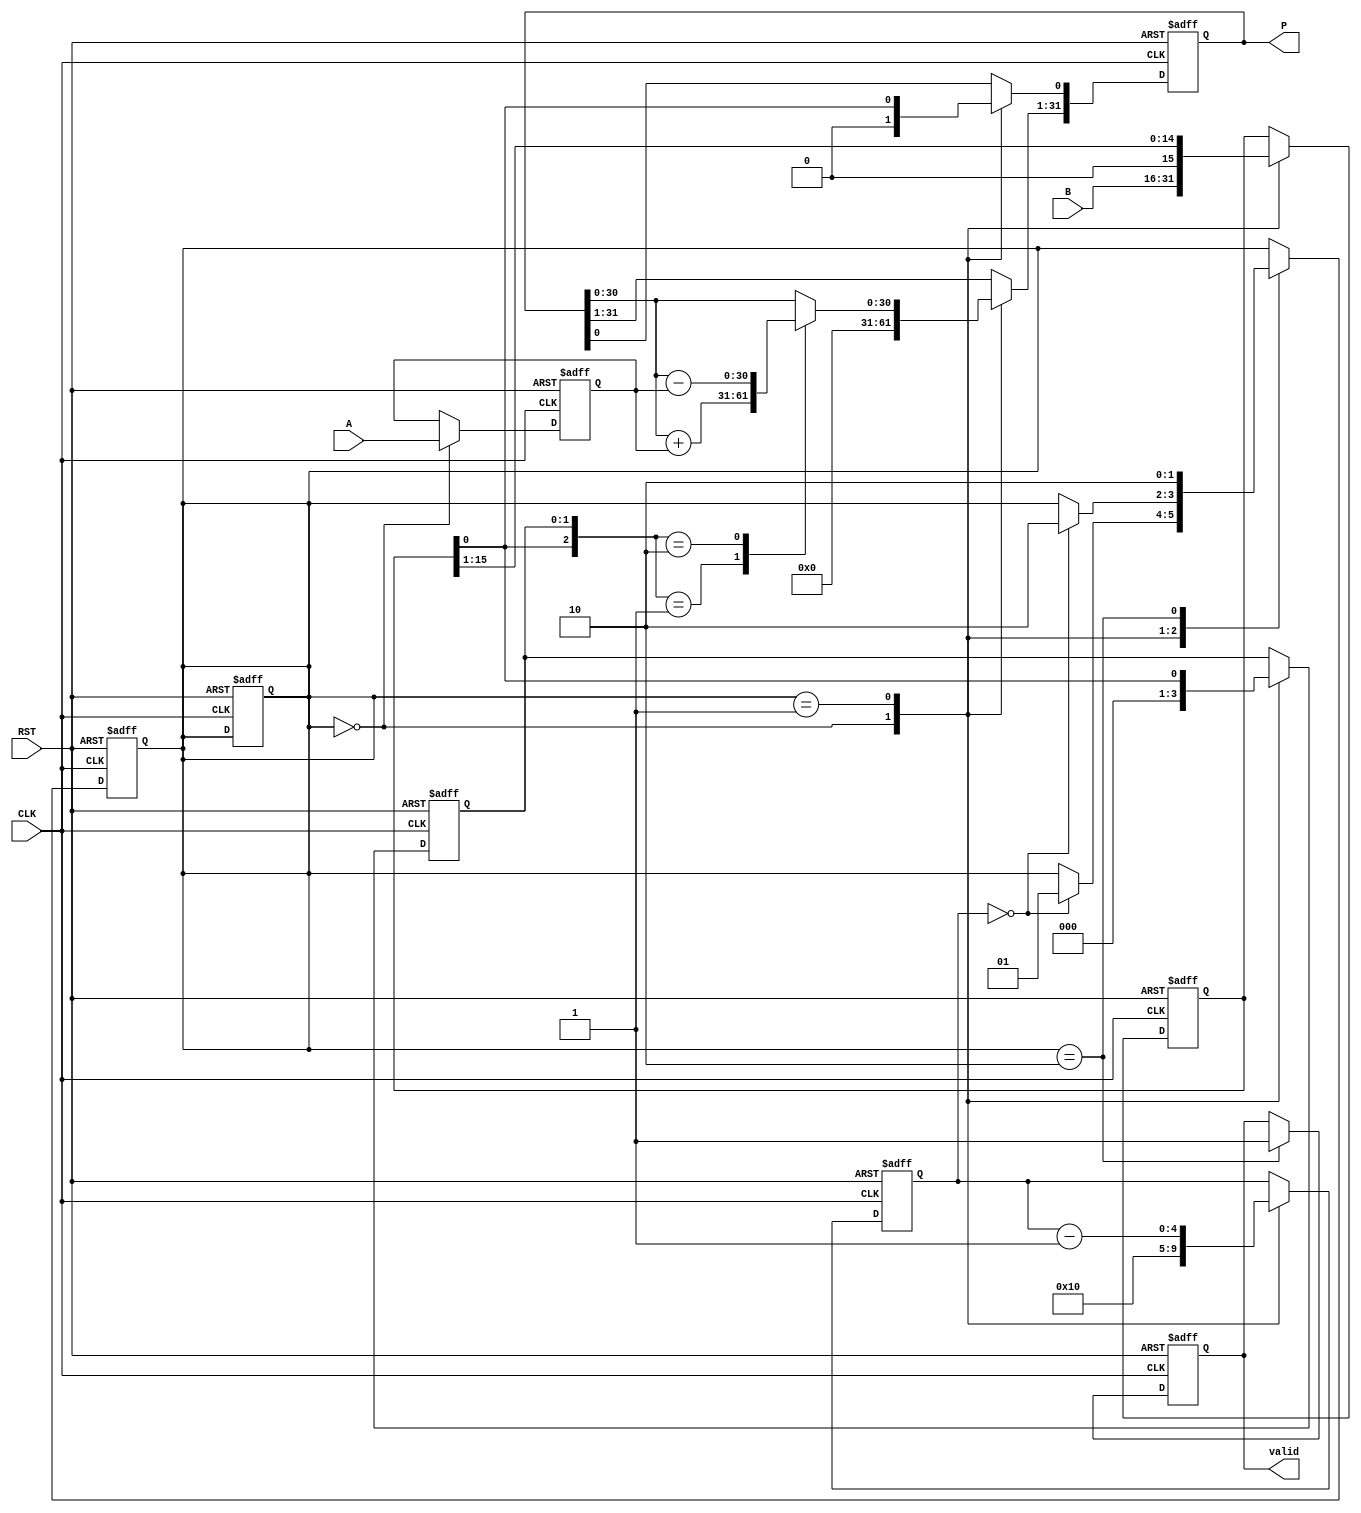
module modified_booth_multiplier (
    input signed [15:0] A,    // Multiplicand
    input signed [15:0] B,    // Multiplier
    input CLK,                // Clock signal
    input RST,                // Reset signal
    output reg signed [31:0] P, // Product
    output reg valid              // Valid signal
);

    // Registers
    reg signed [15:0] M;        // Multiplicand register
    reg signed [15:0] Q;        // Multiplier register
    reg signed [31:0] P_temp;   // Temporary product register
    reg [4:0] Count;            // Count register for bit processing
    reg [1:0] Q_minus1;         // Previous bit for Booth encoding

    // Control States
    localparam INIT = 2'b00, PROCESS = 2'b01, COMPLETE = 2'b10;
    reg [1:0] state, next_state;

    // State Transition on Clock
    always @(posedge CLK or posedge RST) begin
        if (RST) begin
            state <= INIT;
        end else begin
            state <= next_state;
        end
    end

    // Next State Logic
    always @* begin
        next_state = state; // Default next state
        case (state)
            INIT: begin
                if (Count == 5'b00000) next_state = PROCESS;
            end
            PROCESS: begin
                if (Count == 5'b00000) next_state = COMPLETE;
            end
            COMPLETE: begin
                next_state = COMPLETE; // Remain in complete state
            end
        endcase
    end

    // Sequential logic for the multiplier operation
    always @(posedge CLK or posedge RST) begin
        if (RST) begin
            // Reset all registers
            M <= 0;
            Q <= 0;
            P <= 0;
            P_temp <= 0;
            Count <= 16; // Assuming 16-bit multiplication
            Q_minus1 <= 0;
            valid <= 0;
            state <= INIT;
        end else begin
            case (state)
                INIT: begin
                    // Load inputs and initialize product
                    M <= A; // Load multiplicand
                    Q <= B; // Load multiplier
                    P <= 0; // Reset product
                    P_temp <= 0;
                    Count <= 16; // Assuming 16-bit multiplication
                    Q_minus1 <= 0; // Initialize Q_minus1
                end
                PROCESS: begin
                    // Booth's algorithm processing
                    case ({Q[0], Q_minus1})
                        2'b01: P_temp = P + M;           // Add M
                        2'b10: P_temp = P - M;           // Subtract M
                        default: P_temp = P;              // Do nothing
                    endcase

                    // Shift P (product) and Q (multiplier)
                    P = P_temp;
                    P = P << 1; // Shift left for the product
                    P[0] = Q[0]; // Maintain LSB of product
                    Q_minus1 = Q[0]; // Update previous Q bit
                    Q = Q >> 1; // Shift right multiplier

                    Count = Count - 1; // Decrement count
                end
                COMPLETE: begin
                    valid <= 1; // Signal that multiplication is complete
                end
            endcase
        end
    end

endmodule